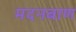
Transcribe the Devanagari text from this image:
मदनबाण